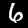
Digit: 6